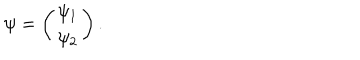
\psi = \left( \begin{matrix} { { \psi _ { 1 } } } \\ { { \psi _ { 2 } } } \\ \end{matrix} \right) .